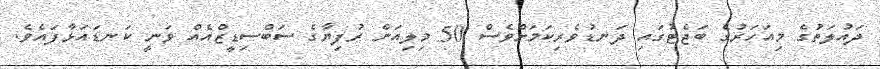
ދައުލަތުގެ މިއަހަރުގެ ބަޖެޓުގައި ދަނޑުވެރިކަމަށްވެސް 50 މިލިއަން ރުފިޔާގެ ސަބްސިޑީޒްއެއް ވަނީ ކަނޑައަޅާފައެވެ.